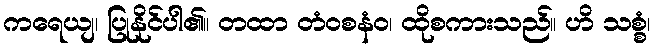
ကရေယျ၊ ပြုနိုင်ပါ၏။ တထာ တံဝစနံဝ၊ ထိုစကားသည်။ ဟိ သစ္စံ၊